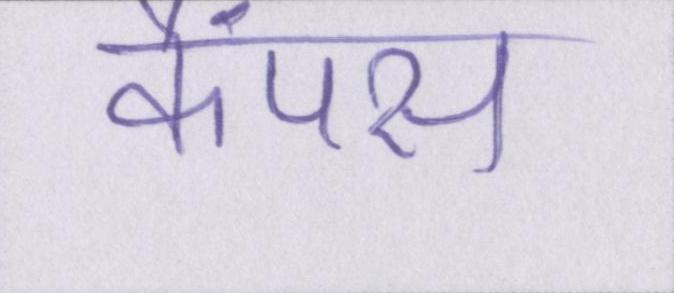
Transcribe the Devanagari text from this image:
कैंपस